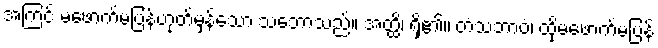
အကြင် မဖောက်မပြန်ဟုတ်မှန်သော သဘောသည်။ အတ္ထိ၊ ရှိ၏။ တံသဘာဝံ၊ ထိုမဖောက်မပြန်